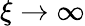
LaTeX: \xi\rightarrow\infty